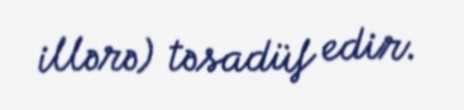
illərə) təsadüf edir.